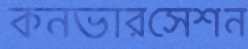
কনভারসেশন